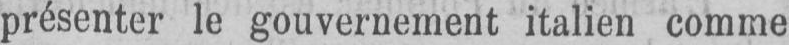
présenter le gouvernement italien comme